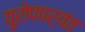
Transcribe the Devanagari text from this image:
युरोपपर्यंत